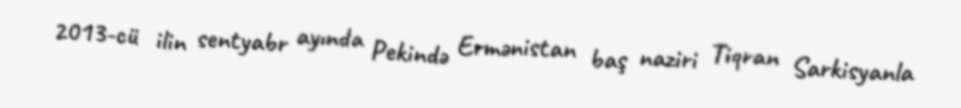
2013-cü ilin sentyabr ayında Pekində Ermənistan baş naziri Tiqran Sarkisyanla